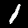
Label: 1